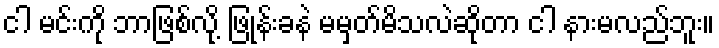
ငါ မင်းကို ဘာဖြစ်လို့ ဖြုန်းခနဲ မမှတ်မိသလဲဆိုတာ ငါ နားမလည်ဘူး။